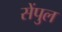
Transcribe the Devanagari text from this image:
सेंपुल